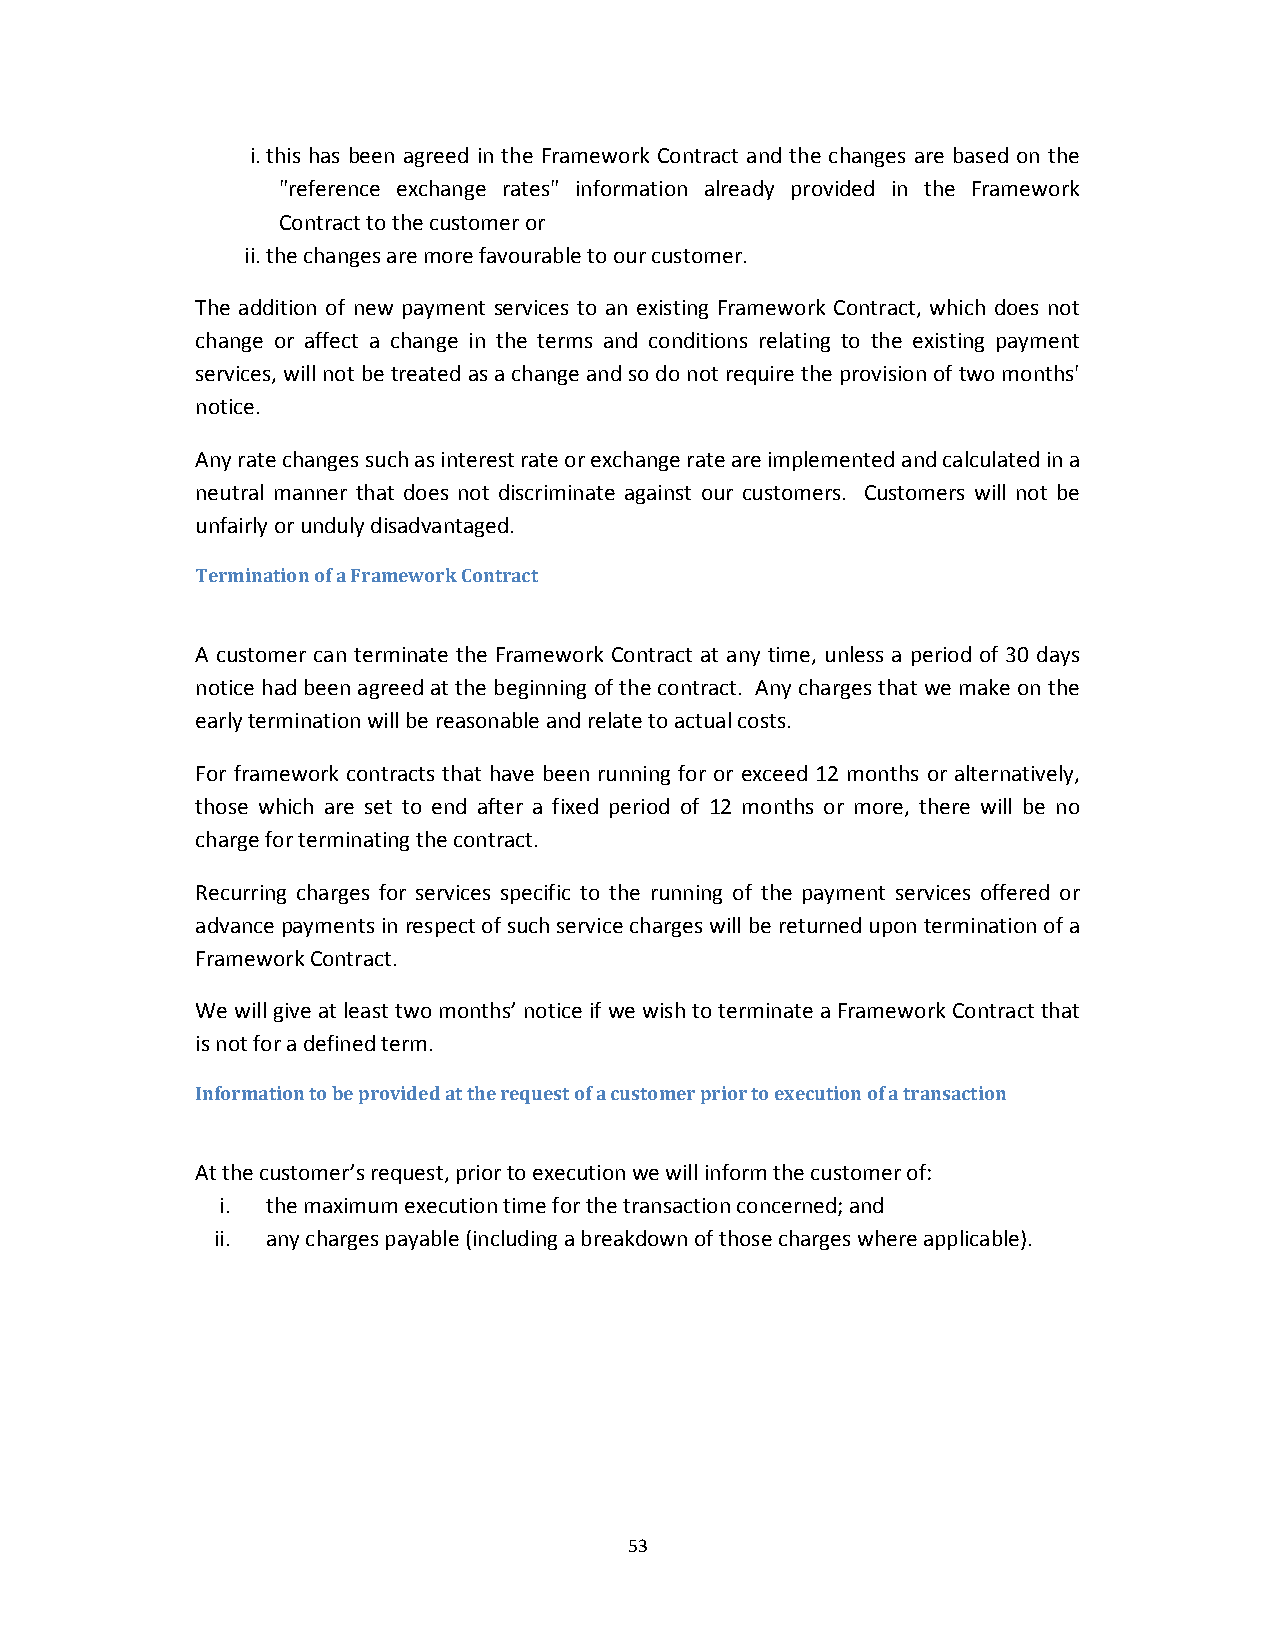
i. this has been agreed in the Framework Contract and the changes are based on the
 "reference exchange rates" information already provided in the Framework
 Contract to the customer or
 ii. the changes are more favourable to our customer.
 The addition of new payment services to an existing Framework Contract, which does not
 change or affect a change in the terms and conditions relating to the existing payment
 services, will not be treated as a change and so do not require the provision of two months'
 notice.
 Any rate changes such as interest rate or exchange rate are implemented and calculated in a
 neutral manner that does not discriminate against our customers. Customers will not be
 unfairly or unduly disadvantaged.
 Termination of a Framework Contract
 A customer can terminate the Framework Contract at any time, unless a period of 30 days
 notice had been agreed at the beginning of the contract. Any charges that we make on the
 early termination will be reasonable and relate to actual costs.
 For framework contracts that have been running for or exceed 12 months or alternatively,
 those which are set to end after a fixed period of 12 months or more, there will be no
 charge for terminating the contract.
 Recurring charges for services specific to the running of the payment services offered or
 advance payments in respect of such service charges will be returned upon termination of a
 Framework Contract.
 We will give at least two months’ notice if we wish to terminate a Framework Contract that
 is not for a defined term.
 Information to be provided at the request of a customer prior to execution of a transaction
 At the customer’s request, prior to execution we will inform the customer of:
 i. the maximum execution time for the transaction concerned; and
 ii. any charges payable (including a breakdown of those charges where applicable).
 53